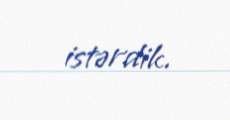
istərdik.